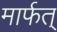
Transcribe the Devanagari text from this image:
मार्फत्‌